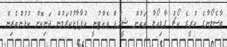
ބާސެލޯނާގެ ކުރީގެ ކޯޗު ގާޑިއޯލާ އަތުން ޝީލްޑް ވެއްޓުނީ އުފާފާޅުކުރަމުން ދަނިކޮށް ކުޅުންތެރިން